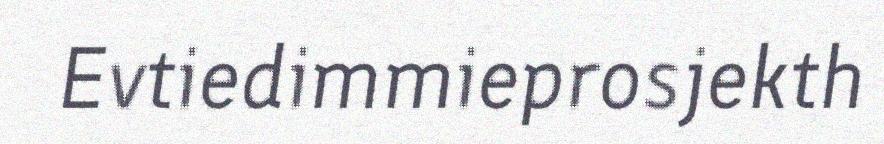
Evtiedimmieprosjekth